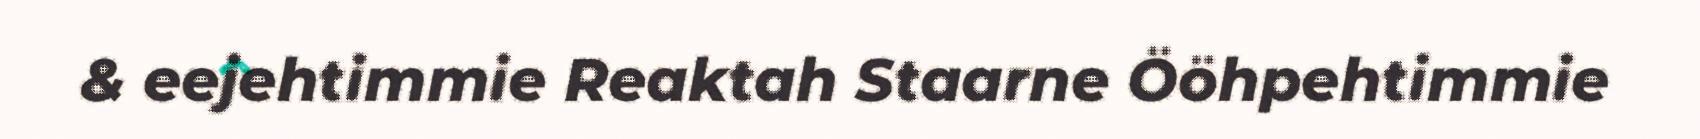
& eejehtimmie Reaktah Staarne Ööhpehtimmie